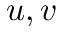
u , v